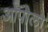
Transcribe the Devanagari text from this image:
ओपोलो